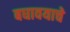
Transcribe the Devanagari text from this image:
बघावयाचे